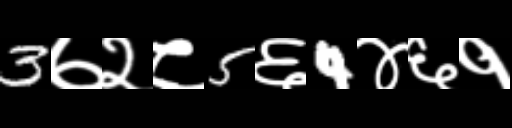
Text: 3७२८5६4४६१